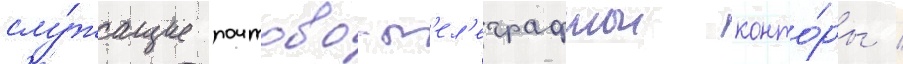
слу́жащие почтово-т'ел'еграфнои конто́ры /